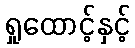
ရှုထောင့်နှင့်